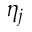
\eta _ { j }